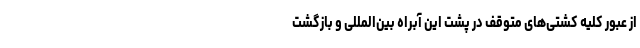
از عبور کلیه کشتی‌های متوقف در پشت این آبراه بین‌المللی و بازگشت